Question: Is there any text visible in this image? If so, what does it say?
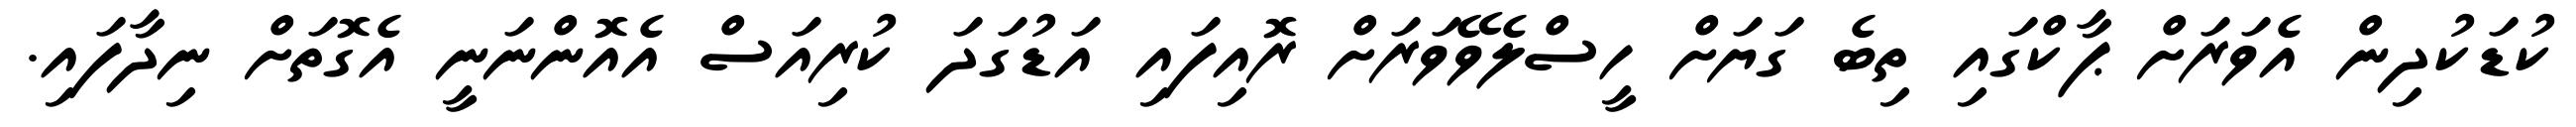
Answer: ކުޑަކުދިން އެވަރަށް ޕާކްގައި ތިބެ ގަޔަށް ހީސްލެވޭވަރަށް ރޮއިފައި އަޑުގަދަ ކުރިއަސް އެއޮންނަނީ އެގޮތަށް ނިދާފައި.